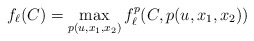
\begin{align*}f_\ell(C)=\max_{p(u,x_1,x_2)}f^p_\ell(C,p(u,x_1,x_2))\end{align*}